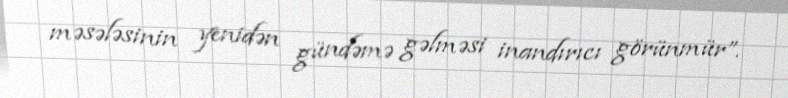
məsələsinin yenidən gündəmə gəlməsi inandırıcı görünmür”.